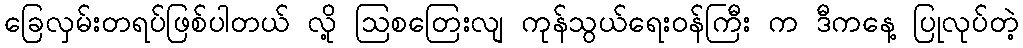
ခြေလှမ်းတရပ်ဖြစ်ပါတယ် လို့ ဩစတြေးလျ ကုန်သွယ်ရေးဝန်ကြီး က ဒီကနေ့ ပြုလုပ်တဲ့